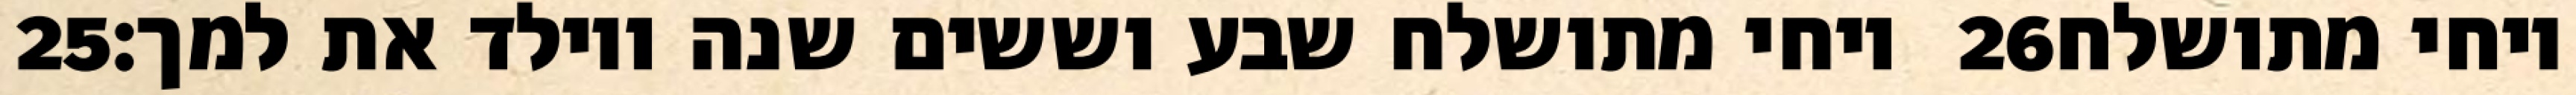
‎25‏ ויחי מתושלח שבע וששים שנה ויולד את למך׃ ‎26‏ ויחי מתושלח